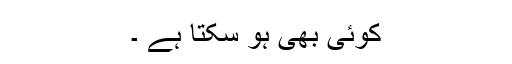
کوئی بھی ہو سکتا ہے ۔